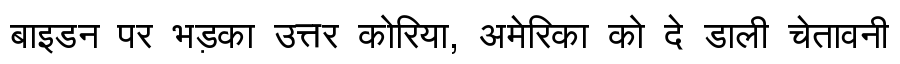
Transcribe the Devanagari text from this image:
बाइडन पर भड़का उत्तर कोरिया, अमेरिका को दे डाली चेतावनी